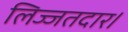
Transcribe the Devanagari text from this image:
लिज्जतदार।